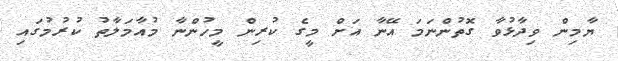
ޔާމިން ވިދާޅުވާ ގޮތުންނަމަ އޭނާ އަށް މީގެ ކުރިން މީހުންނާ މުއާމަލާތު ކުރުމުގައި